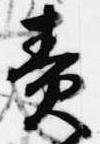
責